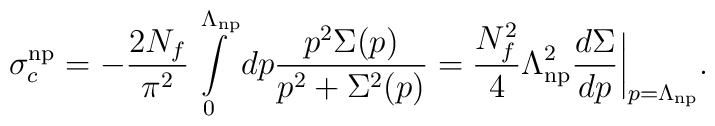
\sigma_c^{\rm np}=-\frac{2N_f}{\pi^2}\int\limits_0^{\Lambda_{\rm np}}dp\frac{p^2\Sigma(p)}{p^2+\Sigma^2(p)}=\frac{N_f^2}{4}\Lambda_{\rm np}^2\frac{d\Sigma}{dp}\bigg|_{p=\Lambda_{\rm np}}.